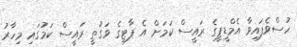
ހުސްވެފައިވާ އެމްޑީޕީގެ ރައީސް ކަމަށް އެ ޕާޓީގެ ވަގުތީ ރައީސް ކަމުގައި މިހާރު